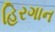
હિરગાન